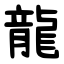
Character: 龍